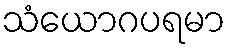
သံယောဂပရမာ